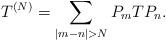
LaTeX: \begin{align*}T^{(N)} = \sum_{|m-n| > N} P_mTP_n.\end{align*}